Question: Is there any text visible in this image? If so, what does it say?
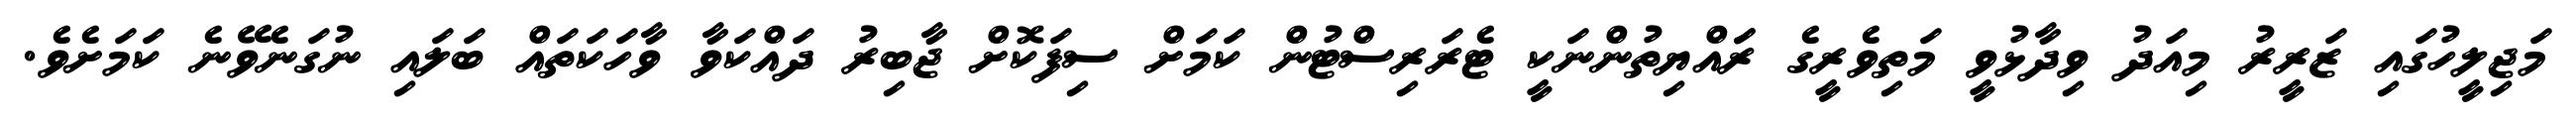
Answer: މަޖިލީހުގައި ޒަރީރު މިއަދު ވިދާޅުވީ މަތިވެރީގެ ރަައްޔިތުންނަކީ ޓެރަރިސްޓުން ކަމަށް ސިފަކޮށް ޖާބިރު ދައްކަވާ ވާހަކަތައް ބަލައި ނުގަނެވޭނެ ކަމަށެވެ.